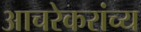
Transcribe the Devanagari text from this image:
आचरेकरांच्य